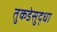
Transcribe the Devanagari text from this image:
तुकडेसुद्धा